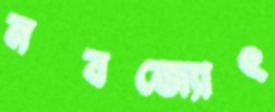
নবজ্যোৎ